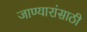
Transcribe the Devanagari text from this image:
जाण्यारांसाठी